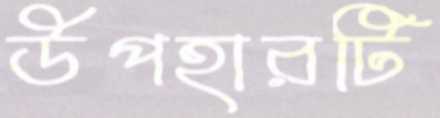
উপহারটি